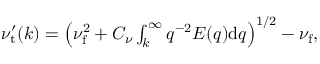
\begin{array} { r } { \nu _ { \mathrm { t } } ^ { \prime } ( k ) = \left( \nu _ { \mathrm { f } } ^ { 2 } + C _ { \nu } \int \displaylimits _ { k } ^ { \infty } q ^ { - 2 } E ( q ) \mathrm { d } q \right) ^ { 1 / 2 } - \nu _ { \mathrm { f } } , } \end{array}